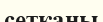
сетканы